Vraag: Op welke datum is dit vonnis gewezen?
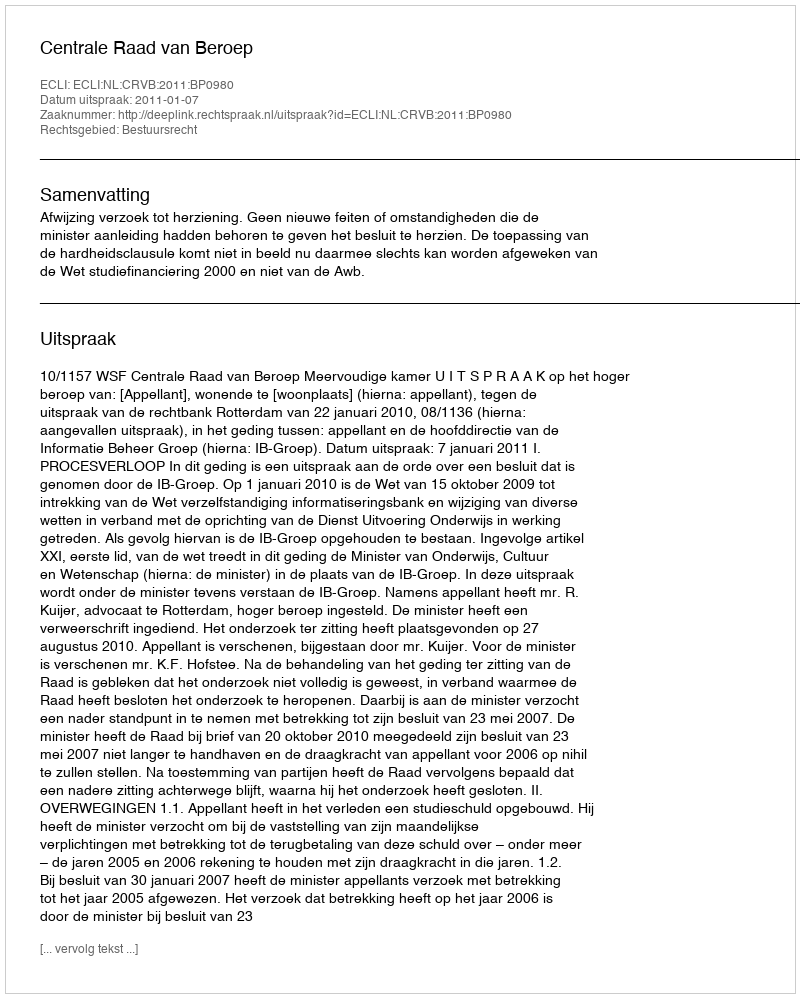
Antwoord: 2011-01-07